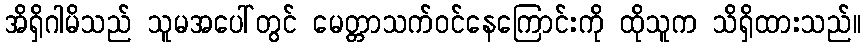
အိရှိဂါမိသည် သူမအပေါ်တွင် မေတ္တာသက်ဝင်နေကြောင်းကို ထိုသူက သိရှိထားသည်။